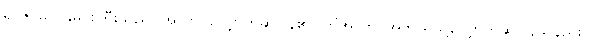
ရာဇ၊ မိလိန္ဒမင်းကြီးသည်။ အာဟ၊ လျှောက်ဆိုပြန်၏။ ကိံအာဟ၊ အဘယ်သို့လျှောက်ဆိုပြန်သနည်း။